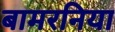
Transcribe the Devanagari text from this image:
बामरनिया